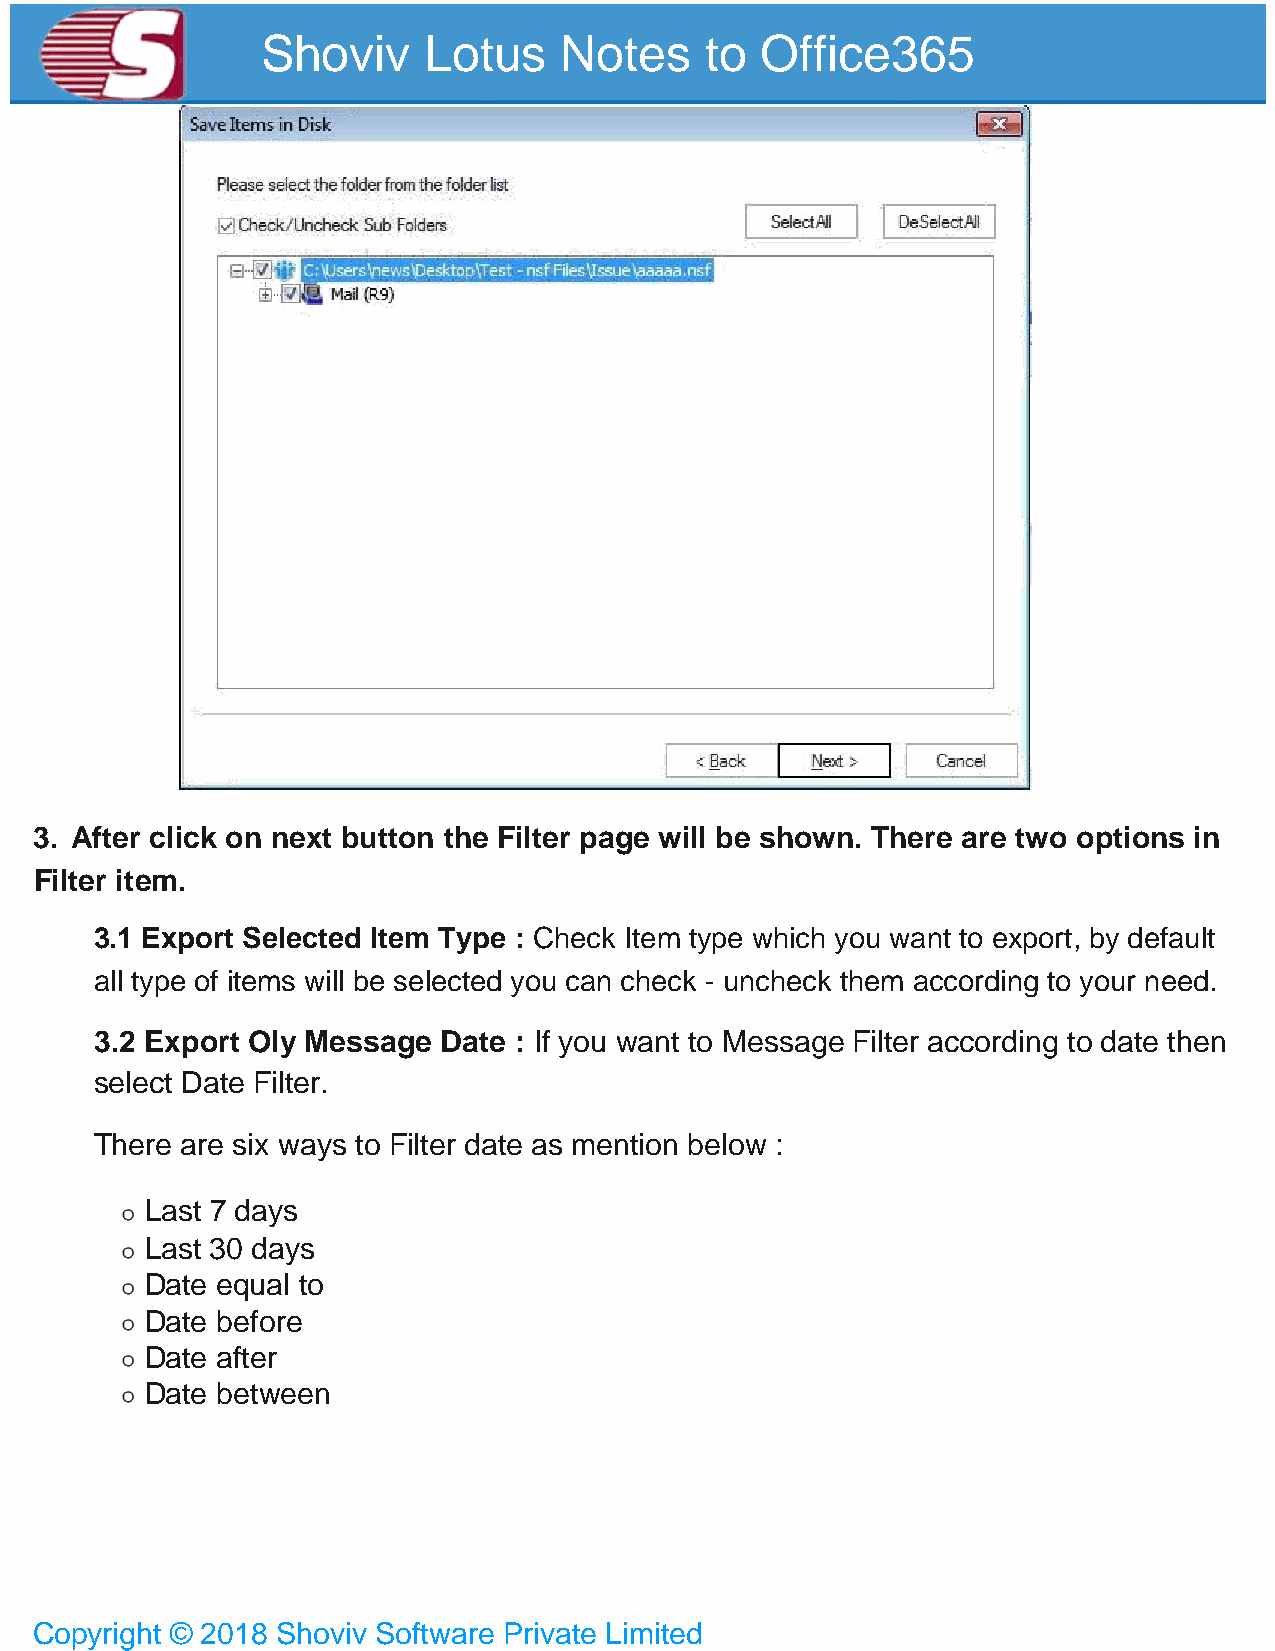
Shoviv     Lotus    Notes     to Office365
 3. After click on next button the Filter page will be shown. There are two options in
 Filter item.
 3.1 Export Selected Item Type : Check Item type which you want to export, by default
 all type of items will be selected you can check - uncheck them according to your need.
 3.2 Export Oly Message Date : If you want to Message Filter according to date then
 select Date Filter.
 There are six ways to Filter date as mention below :
 Last 7 days
 Last 30 days
 Date equal to
 Date before
 Date after
 Date between
 Copyright © 2018 Shoviv Software Private Limited